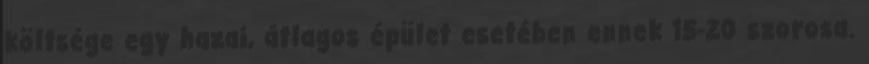
költsége egy hazai, átlagos épület esetében ennek 15-20 szorosa.